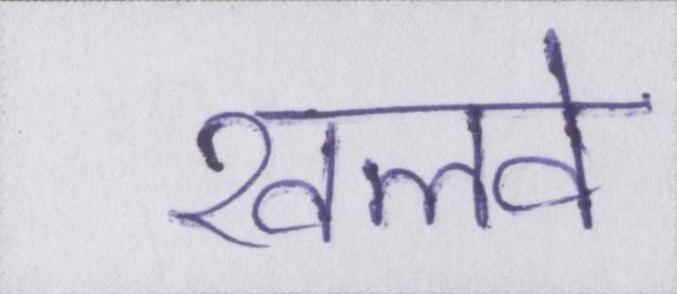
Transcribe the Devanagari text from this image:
खलवे